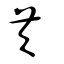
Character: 芡